Indian Medical Review
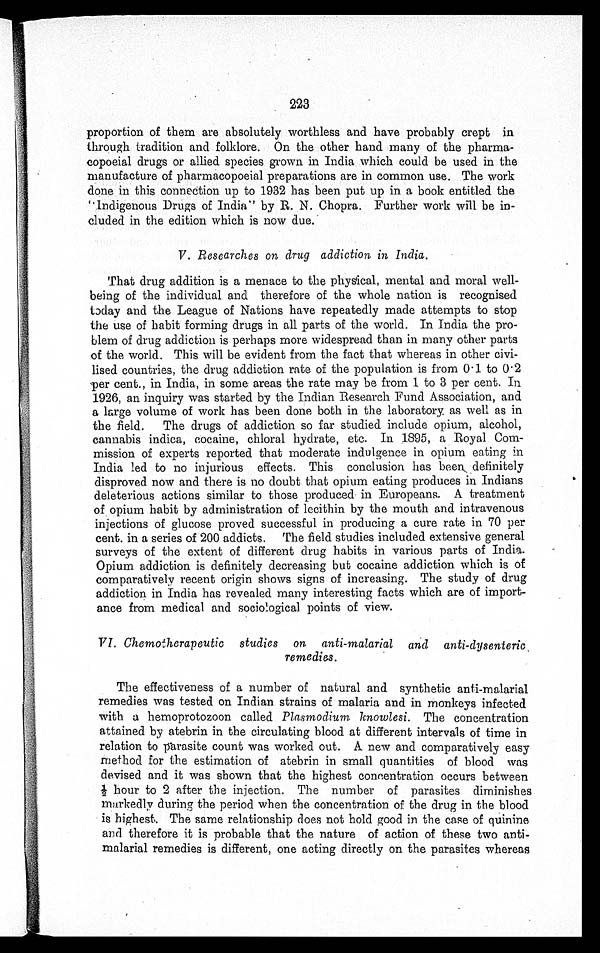
223
proportion of them are absolutely worthless and have probably crept in
through tradition and folklore. On the other hand many of the pharma-
copoeial drugs or allied species grown in India which could be used in the
manufacture of pharmacopoeial preparations are in common use. The work
done in this connection up to 1932 has been put up in a book entitled the
"Indigenous Drugs of India" by R. N. Chopra. Further work will be in-
cluded in the edition which is now due.
V. Researches on drug addiction in India.
That drug addition is a menace to the physical, mental and moral well-
being of the individual and therefore of the whole nation is recognised
today and the League of Nations have repeatedly made attempts to stop
the use of habit forming drugs in all parts of the world. In India the pro-
blem of drug addiction is perhaps more widespread than in many other parts
of the world. This will be evident from the fact that whereas in other civi-
lised countries, the drug addiction rate of the population is from 0.1 to 0.2
per cent., in India, in some areas the rate may be from 1 to 3 per cent. In
1926, an inquiry was started by the Indian Research Fund Association, and
a large volume of work has been done both in the laboratory as well as in
the field. The drugs of addiction so far studied include opium, alcohol,
cannabis indica, cocaine, chloral hydrate, etc. In 1895, a Royal Com-
mission of experts reported that moderate indulgence in opium eating in
India led to no injurious effects. This conclusion has been definitely
disproved now and there is no doubt that opium eating produces in Indians
deleterious actions similar to those produced in Europeans. A treatment
of opium habit by administration of lecithin by the mouth and intravenous
injections of glucose proved successful in producing a cure rate in 70 per
cent. in a series of 200 addicts. The field studies included extensive general
surveys of the extent of different drug habits in various parts of India.
Opium addiction is definitely decreasing but cocaine addiction which is of
comparatively recent origin shows signs of increasing. The study of drug
addiction in India has revealed many interesting facts which are of import
ance from medical and sociological points of view.
VI. Chemotherapeutic studies on anti-malarial and anti-dysenteric
remedies.
The effectiveness of a number of natural and synthetic anti-malarial
remedies was tested on Indian strains of malaria and in monkeys infected
with a hemoprotozoon called Plasmodium knowlesi. The concentration
attained by atebrin in the circulating blood at different intervals of time in
relation to parasite count was worked out. A. new and comparatively easy
method for the estimation of atebrin in small quantities of blood was
devised and it was shown that the highest concentration occurs between
½ h o u r t o 2 a f t e r t h e i n j e c t i o n . T h e n u m b e r o f p a r a s i t e s d i m i n i s h e s
markedly during the period when the concentration of the drug in the blood
is highest. The same relationship does not hold good in the case of quinine
and therefore it is probable that the nature of action of these two anti-
malarial remedies is different, one acting directly on the parasites whereas